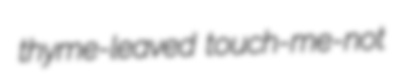
thyme-leaved touch-me-not